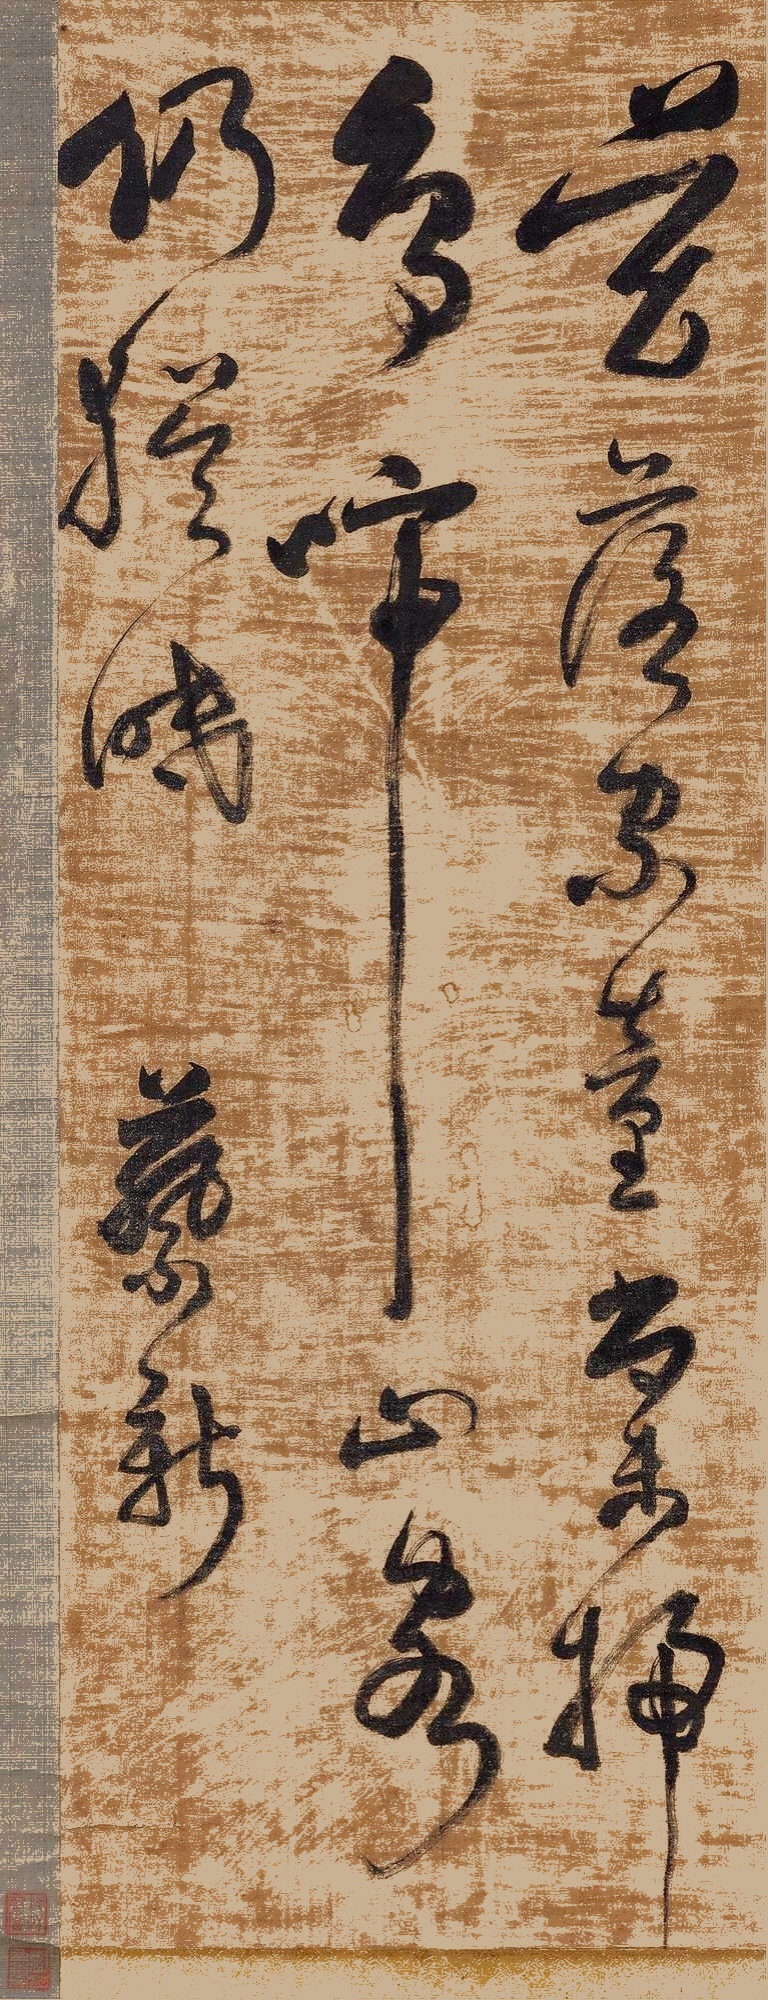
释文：花落家童尚未扫，莺啼山客仍犹眠。蔡新。